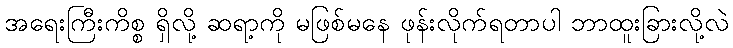
အရေးကြီးကိစ္စ ရှိလို့ ဆရာ့ကို မဖြစ်မနေ ဖုန်းလိုက်ရတာပါ ဘာထူးခြားလို့လဲ